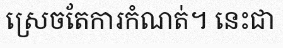
ស្រេចតែការកំណត់។ នេះជា